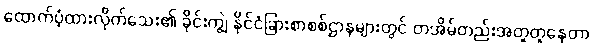
ထောက်ပံ့ထားလိုက်သေး၏ ခိုင်းကျွဲ နိုင်ငံခြားစာစစ်ဌာနများတွင် တအိမ်တည်းအတူတူနေတာ